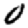
Digit: 0